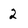
Character: 2